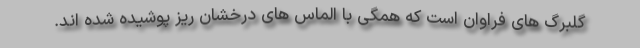
گلبرگ های فراوان است که همگی با الماس های درخشان ریز پوشیده شده اند.